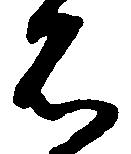
石